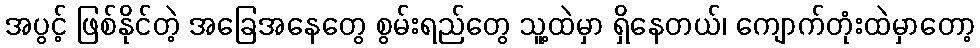
အပွင့် ဖြစ်နိုင်တဲ့ အခြေအနေတွေ စွမ်းရည်တွေ သူ့ထဲမှာ ရှိနေတယ်၊ ကျောက်တုံးထဲမှာတော့